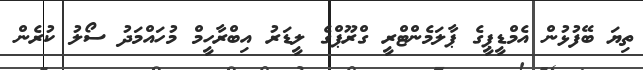
ތިޔަ ބޭފުޅުން އެމްޑީޕީގެ ޕާލަމެންޓްރީ ގްރޫޕްގެ ލީޑަރު އިބްރާހީމް މުހައްމަދު ސޯލު ކުރެން